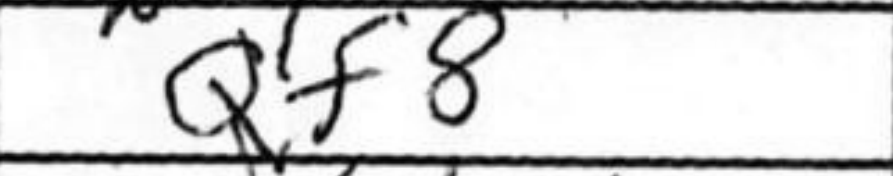
Transcription: Qf8